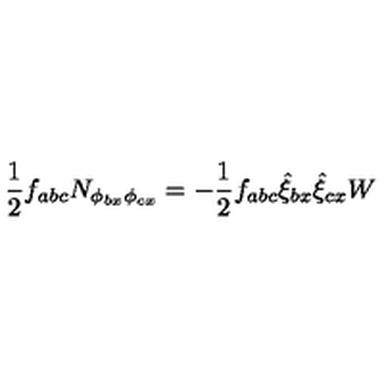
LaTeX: \frac { 1 } { 2 } f _ { a b c } N _ { \phi _ { b x } \phi _ { c x } } = - \frac { 1 } { 2 } f _ { a b c } \hat { \xi } _ { b x } \hat { \xi } _ { c x } W